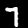
Label: 7